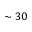
\sim 3 0